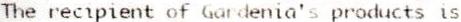
THE RECIPIENT OF GARDENIA'S PRODUCTS IS